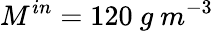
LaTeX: M^{in}=120\ g\ m^{-3}